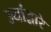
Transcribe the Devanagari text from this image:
ज्यांद्वारे